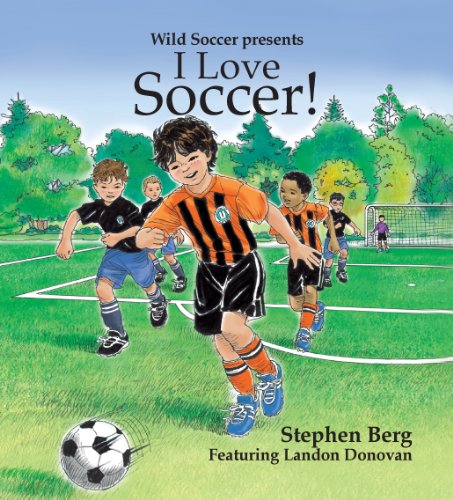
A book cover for I Love Soccer! Featuring Landon Donovan; Stephen Berg; Children's Books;